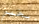
بخير